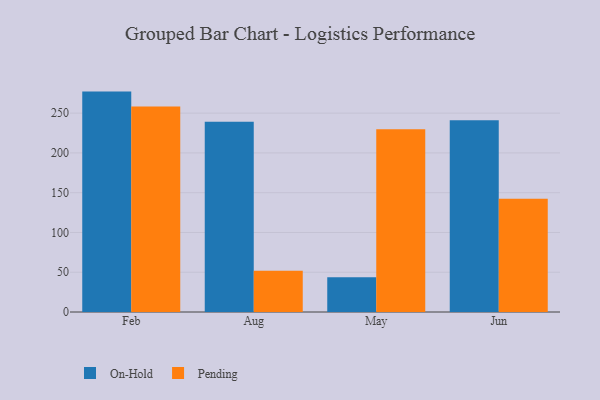
{"axis": {"x": "Month", "y": "Waste Production (Tons)"}, "legend": ["On-Hold", "Pending"], "data": [{"x": "Feb", "y": 277.1, "type": "On-Hold"}, {"x": "Feb", "y": 258.3, "type": "Pending"}, {"x": "Aug", "y": 239.3, "type": "On-Hold"}, {"x": "Aug", "y": 51.8, "type": "Pending"}, {"x": "May", "y": 43.8, "type": "On-Hold"}, {"x": "May", "y": 229.8, "type": "Pending"}, {"x": "Jun", "y": 241.2, "type": "On-Hold"}, {"x": "Jun", "y": 142.4, "type": "Pending"}]}